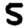
Digit: 5